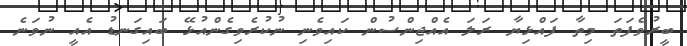
ބީރުވެފަތަ މިތާ ފައްޅިޔާ ރަލަ އެެއްޖިންސުން ކައިވެނި ނުކުރެވިގެންއުޅޭ ބައިގަނޑު އެއީ ނުވަނެ